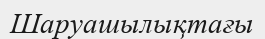
Шаруашылықтағы